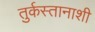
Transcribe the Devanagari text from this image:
तुर्कस्तानाशी